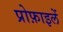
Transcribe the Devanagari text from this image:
प्रोफ़ाइलें